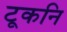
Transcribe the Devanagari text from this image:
टूकनि